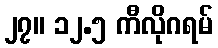
၂၇။ ၁၂.၅ ကီလိုဂရမ်